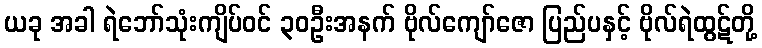
ယခု အခါ ရဲဘော်သုံးကျိပ်ဝင် ၃၀ဦးအနက် ဗိုလ်ကျော်ဇော ပြည်ပနှင့် ဗိုလ်ရဲထွဋ်တို့